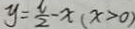
y = \frac { 6 } { 2 } - x ( x > 0 )